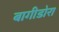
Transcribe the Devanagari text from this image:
बागीडोरा